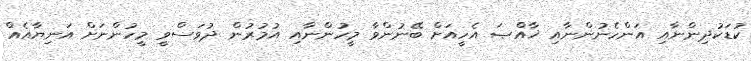
ކުޑަކުދިންނާއި އަންހެނުންނާއި ޚާއްޞަ އެހީއަށް ބޭނުންވާ މީހުންނާއި އުމުރުން ދުވަސްވީ މީހުންނަށް އަނިޔާއެއް